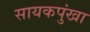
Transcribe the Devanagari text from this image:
सायकपुंखा